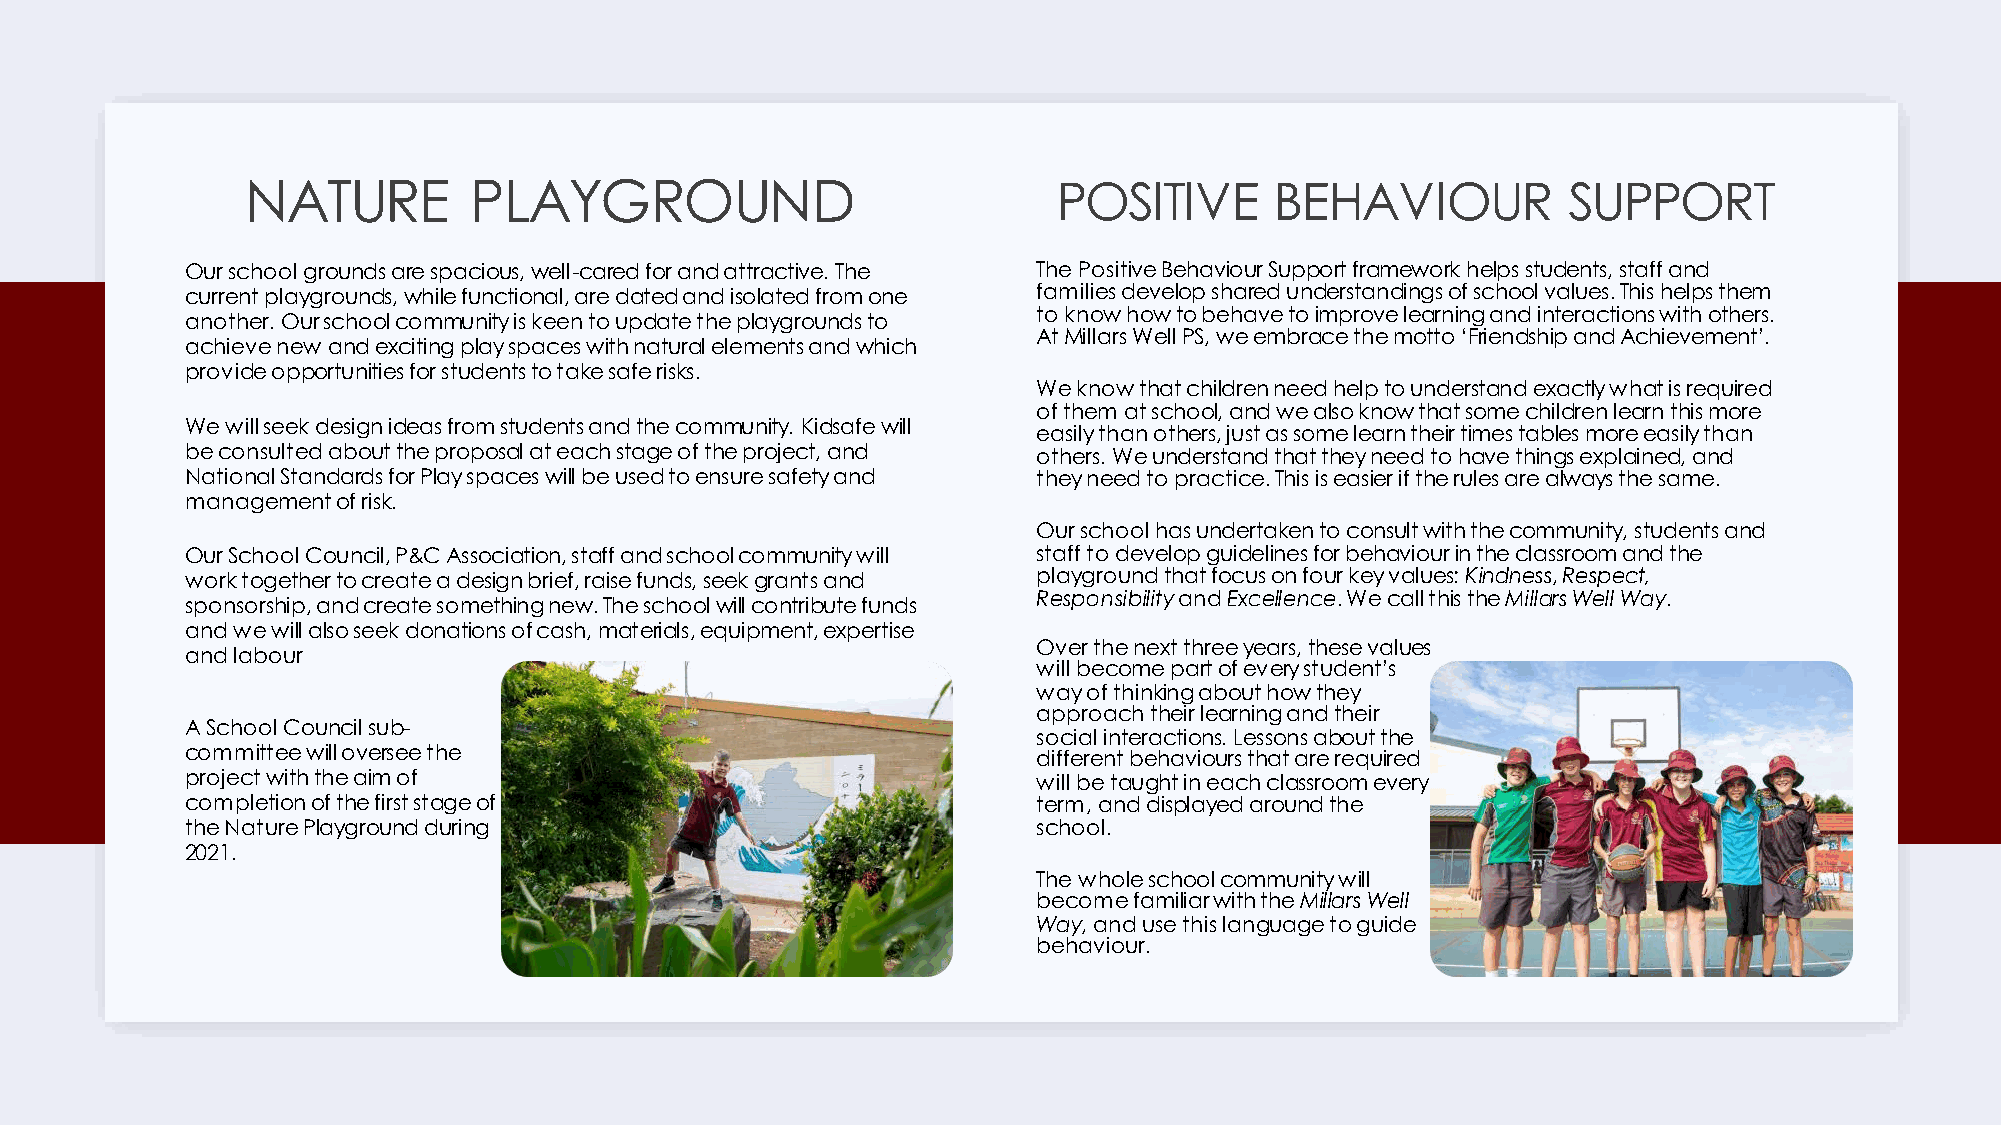
NATURE         PLAYGROUND                             POSITIVE      BEHAVIOUR           SUPPORT
 Our school grounds are spacious, well-cared for and attractive. The The Positive Behaviour Support framework helps students, staff and
 current playgrounds, while functional, are dated and isolated from one families develop shared understandings of school values. This helps them
 to know how to behave to improve learning and interactions with others.
 another. Our school community is keen to update the playgrounds to
 At Millars Well PS, we embrace the motto ‘Friendship and Achievement’.
 achieve new and exciting play spaces with natural elements and which
 provide opportunities for students to take safe risks.
 We know that children need help to understand exactly what is required
 of them at school, and we also know that some children learn this more
 We will seek design ideas from students and the community. Kidsafewill
 easily than others, just as some learn their times tables more easily than
 be consulted about the proposal at each stage of the project, and others. We understand that they need to have things explained, and
 National Standards for Play spaces will be used to ensure safety and they need to practice. This is easier if the rules are always the same.
 management of risk.
 Our school has undertaken to consult with the community, students and
 Our School Council, P&C Association, staff and school community will staff to develop guidelines for behaviour in the classroom and the
 work together to create a design brief, raise funds, seek grants and playground that focus on four key values: Kindness, Respect,
 Responsibilityand Excellence. We call this the Millars Well Way.
 sponsorship, and create something new. The school will contribute funds
 and we will also seek donations of cash, materials, equipment, expertise
 Over the next three years, these values
 and labour
 will become part of every student’s
 way of thinking about how they
 approach their learning and their
 A School Council sub-
 social interactions. Lessons about the
 committee will oversee the
 different behaviours that are required
 project with the aim of                                  will be taught in each classroom every
 completion of the first stage of                         term, and displayed around the
 the Nature Playground during                             school.
 2021.
 The whole school community will
 become familiar with the Millars Well
 Way, and use this language to guide
 behaviour.